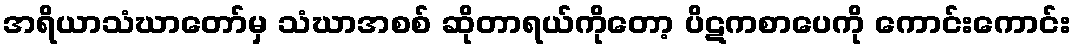
အရိယာသံဃာတော်မှ သံဃာအစစ် ဆိုတာရယ်ကိုတော့ ပိဋကစာပေကို ကောင်းကောင်း